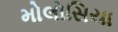
મોલોસિયા